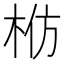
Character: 𬂬